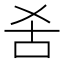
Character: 𱒍